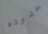
حدوده